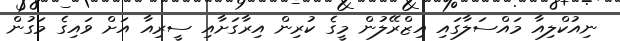
ނިއުކްލިއާ މައްސަލާގައި އިޒްރޭލުން މީގެ ކުރިން އިރާގަށާއި ސީރިއާ އަށް ވައިގެ މަގުން